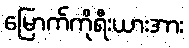
မြောက်ကိုရီးယားအား